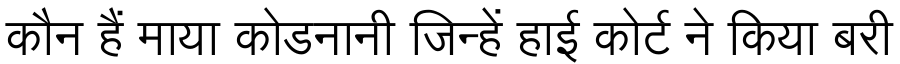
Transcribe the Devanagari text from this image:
कौन हैं माया कोडनानी जिन्हें हाई कोर्ट ने किया बरी